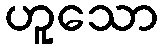
ဟူသော